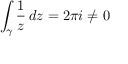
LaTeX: \int _ { \gamma } { \frac { 1 } { z } } \, d z = 2 \pi i \neq 0